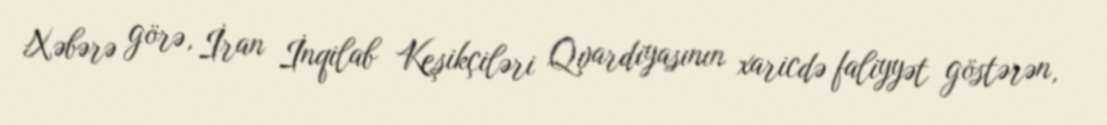
Xəbərə görə, İran İnqilab Keşikçiləri Qvardiyasının xaricdə faliyyət göstərən,